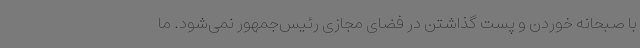
با صبحانه خوردن و پست گذاشتن در فضای مجازی رئیس‌جمهور نمی‌شود. ما